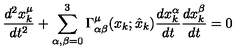
\frac { d ^ { 2 } x _ { k } ^ { \mu } } { d t ^ { 2 } } + \sum _ { \alpha , \beta = 0 } ^ { 3 } \Gamma _ { \alpha \beta } ^ { \mu } ( x _ { k } ; \hat { x } _ { k } ) \frac { d x _ { k } ^ { \alpha } } { d t } \frac { d x _ { k } ^ { \beta } } { d t } = 0